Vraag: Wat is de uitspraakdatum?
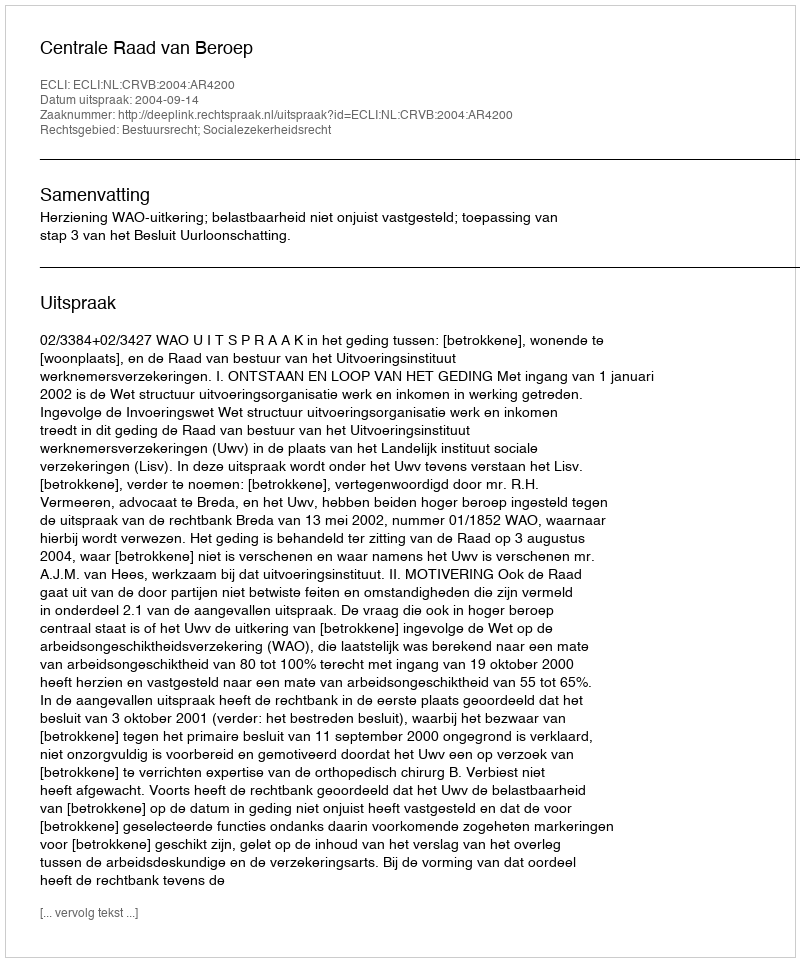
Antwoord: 2004-09-14